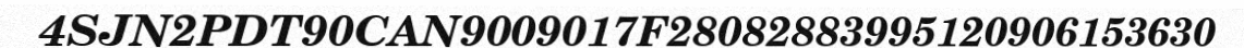
4SJN2PDT90CAN9009017F28082883995120906153630